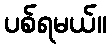
ပစ်ရမယ်။